Civil Veterinary Dept. North-West Frontier Province 1933-46 - 1933-1946
Year: 1933
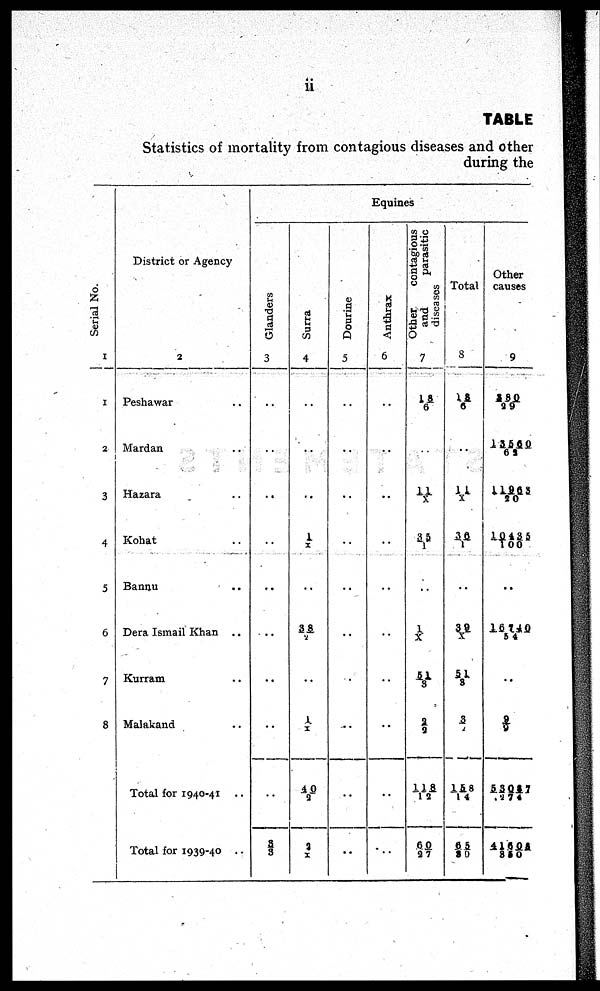
ii
TABLE
Statistics of mortality from contagious diseases and other
during the
Ser i al No.
1
1
2
3
4
5
6
7
8
District or Agency
2
Peshawar ..
Mardan ..
Hazara ..
Kohat ..
Bannu ..
Dera Ismail Khan ..
Kurram ..
Malakand ..
Total for 1940-41 ..
Total for 1939-40 ..
Equines
Glanders
3
..
..
..
..
..
..
..
..
..
3/3
Surra
4
..
..
..
1/X
..
38/2
..
1/X
40/2
3/X
Dourine
5
..
..
..
..
..
..
..
..
..
..
Anthrax
6
..
..
..
..
..
..
..
..
..
..
Other
contagious
and
parasitic
diseases
7
18/6
..
11/X
35/1
..
1/X
51/5
2/2
118/12
60/27
Total
8
18/6
..
11/X
36/1
..
39/X
51/3
3/2
158/14
65/30
Other
causes
9
280/29
13560/62
11965/20
10435/100
..
16740/54
..
9/9
53057/274
41605/850